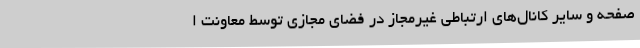
صفحه و سایر کانال‌های ارتباطی غیرمجاز در فضای مجازی توسط معاونت ا